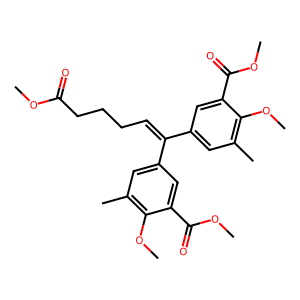
SMILES: COC(=O)CCCC=C(c1cc(C)c(OC)c(C(=O)OC)c1)c1cc(C)c(OC)c(C(=O)OC)c1
Inhibits HIV replication: Yes